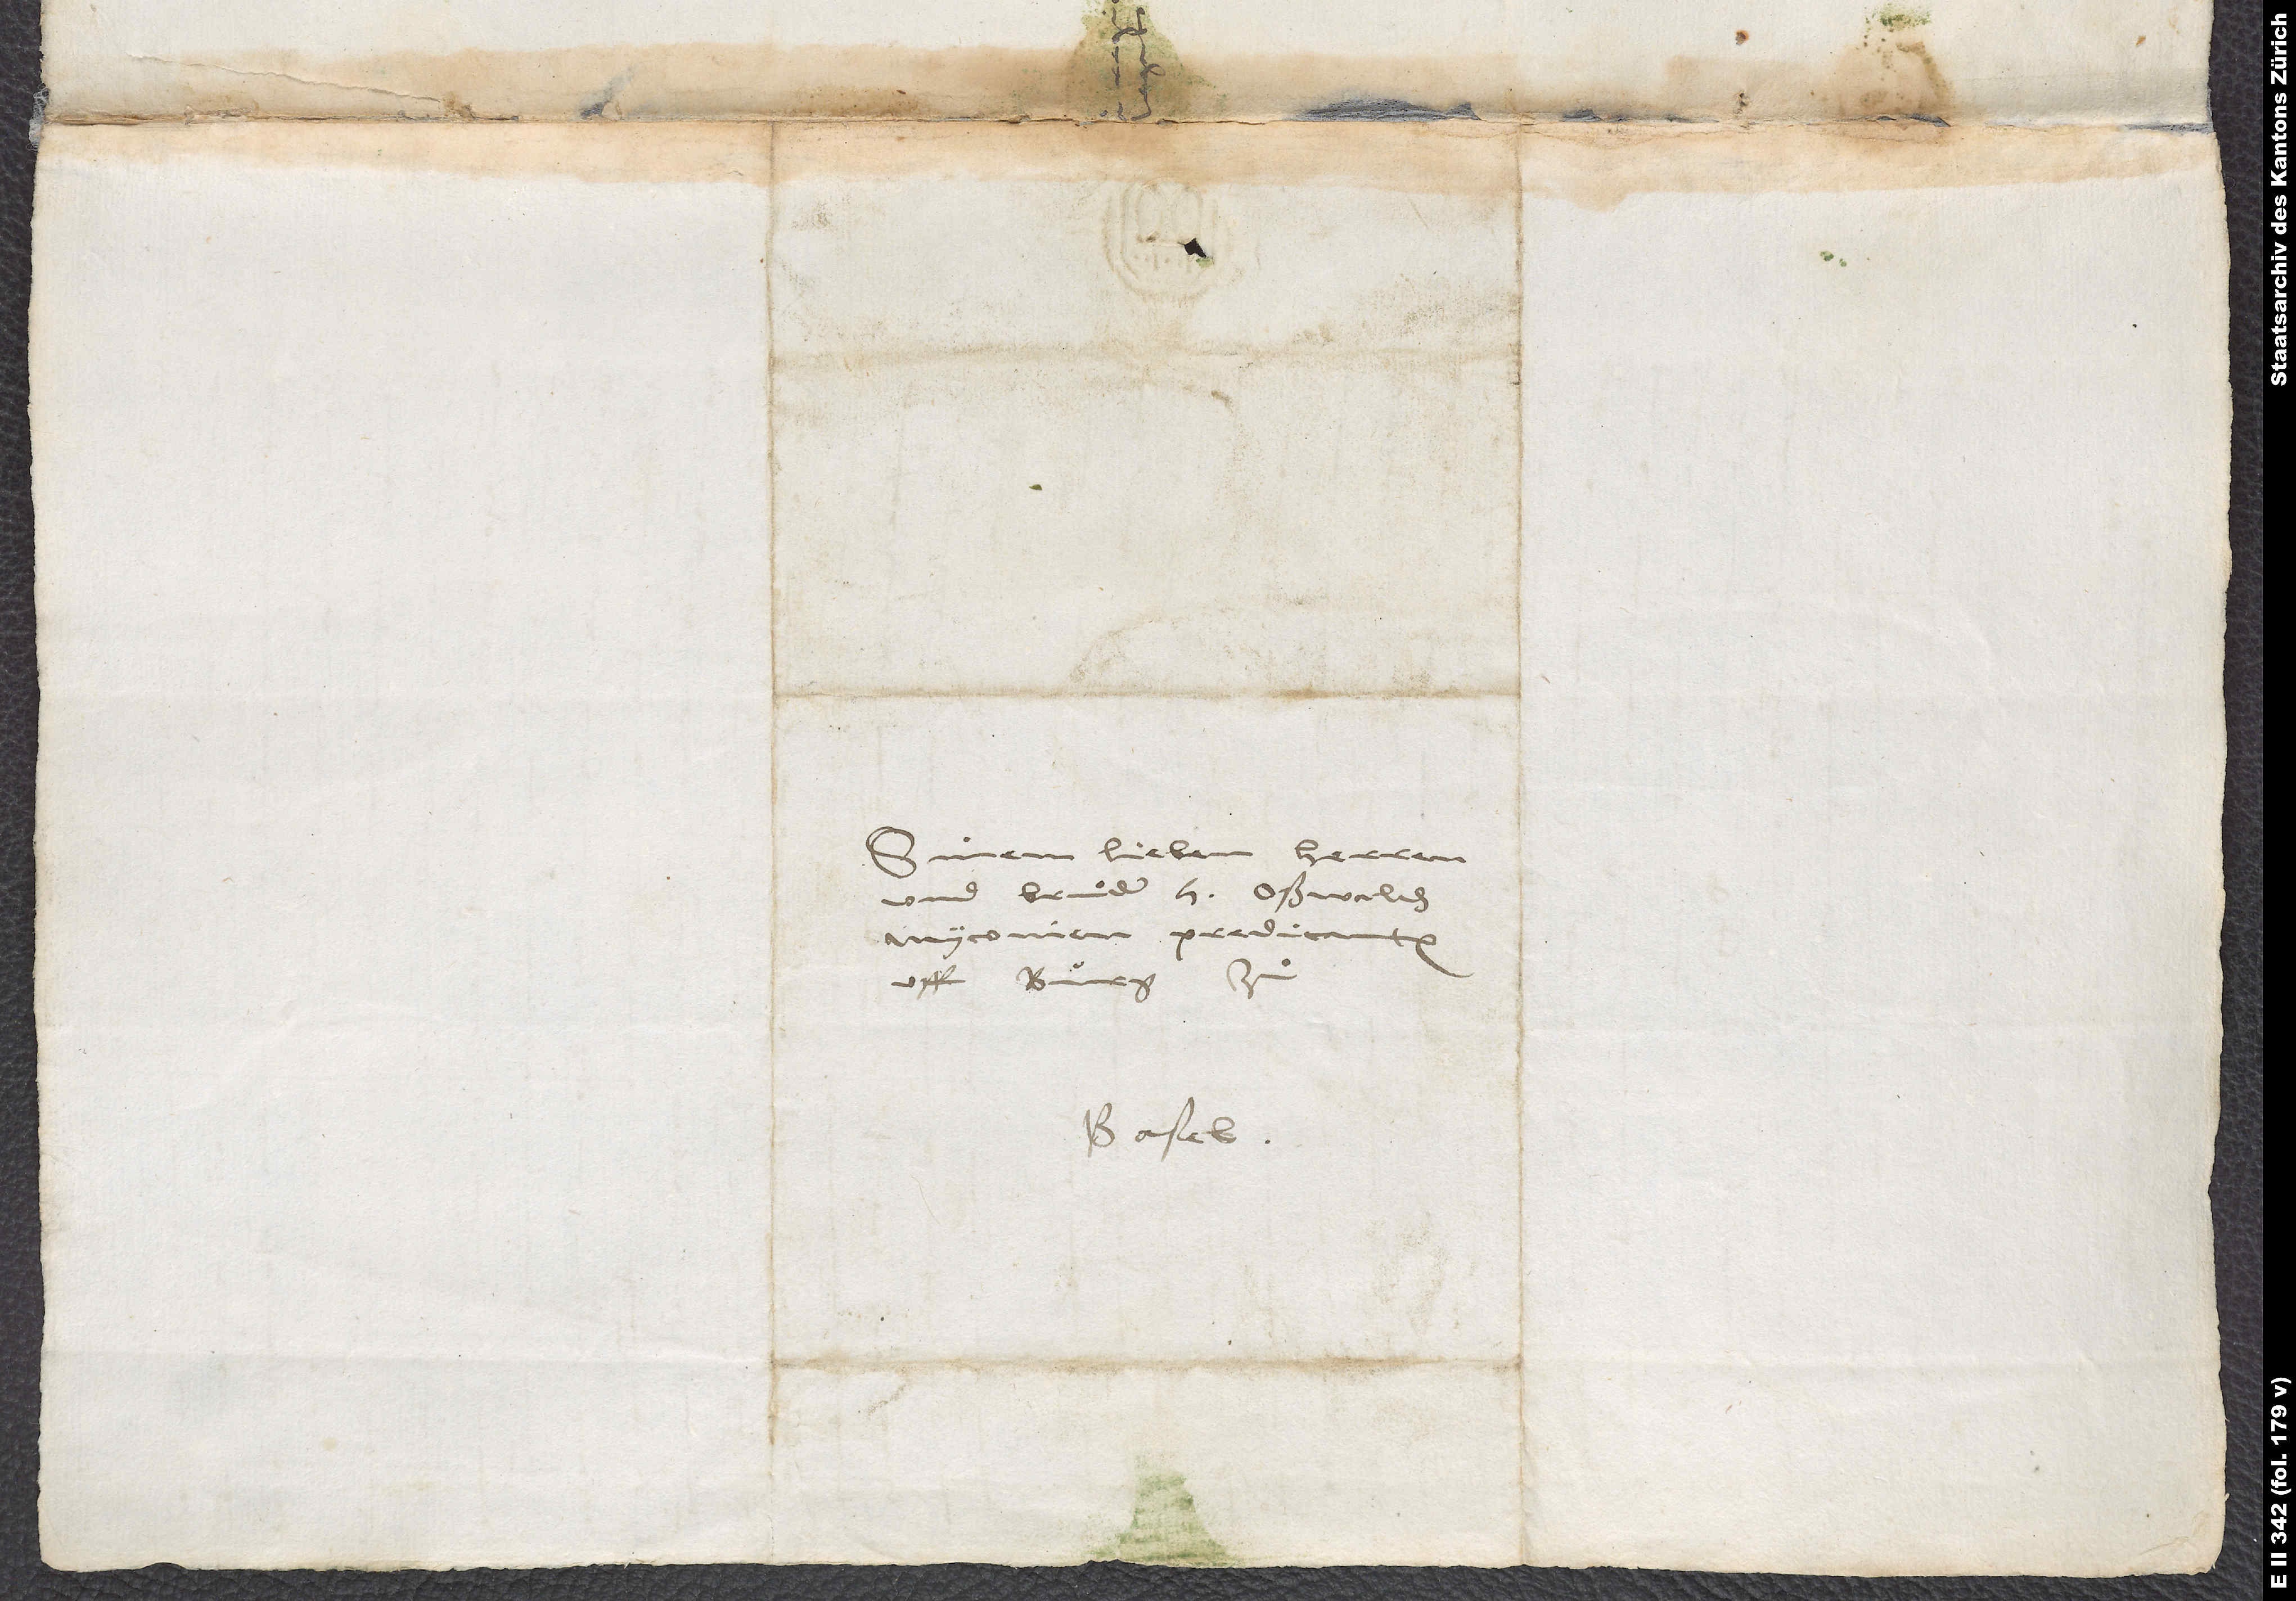
Sinem lieben herren
und bruͦder H. Oßwalden
Myconien, predicanten
uff Burg zuͦ
Basel.